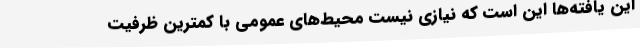
این یافته‌ها این است که نیازی نیست محیط‌های عمومی با کمترین ظرفیت